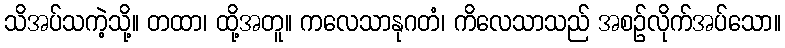
သိအပ်သကဲ့သို့။ တထာ၊ ထို့အတူ။ ကလေသာနုဂတံ၊ ကိလေသာသည် အစဉ်လိုက်အပ်သော။